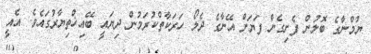
ޔުމްނާގެ ބޮލުން ފެށިގެން ފަޔަށް އޭނާގެ ދެލޯ ހަރަކާތްކުރަމުން ދިޔައީ ބޭއިޚްތިޔާރުގައެވެ. އެއީ